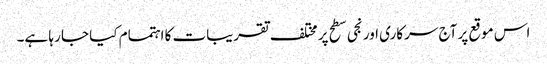
اس موقع پر آج سرکاری اور نجی سطح پر مختلف تقریبات کا اہتمام کیا جا رہا ہے۔